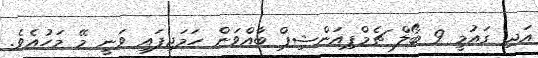
އަދި ގައުމީ 9 ބޯލް ޗެމްޕިއަންޝިޕް ބާއްވަން ހަމަޖިފައި ވަނީ މޭ މަހުއެވެ.